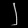
Digit: ၂